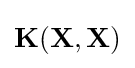
\mathbf {K} (\mathbf {X} ,\mathbf {X} )